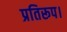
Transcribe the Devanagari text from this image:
प्रतिरूप।